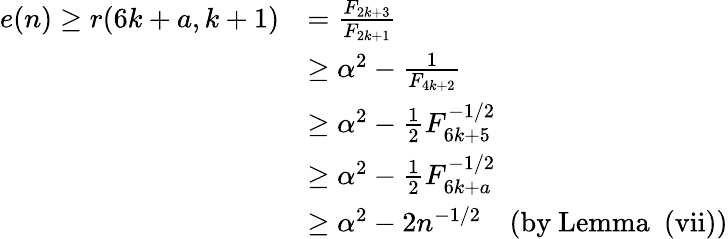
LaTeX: \begin{array}{rl}{e(n)\geq r(6k+a,k+1)}&{={\frac{F_{2k+3}}{F_{2k+1}}}}\\ &{\geq\alpha^{2}-{\frac{1}{F_{4k+2}}}}\\ &{\geq\alpha^{2}-{\frac{1}{2}}F_{6k+5}^{-1/2}}\\ &{\geq\alpha^{2}-{\frac{1}{2}}F_{6k+a}^{-1/2}}\\ &{\geq\alpha^{2}-2n^{-1/2}\quad\mathrm{(by~Lemma~~(vii))}}\end{array}